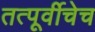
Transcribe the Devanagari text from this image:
तत्पूर्वीचेच